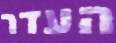
העדר